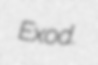
Exod.